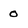
Character: 0